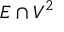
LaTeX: E \cap V ^ { 2 }